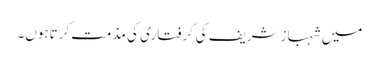
میں شہبازشریف کی گرفتاری کی مذمت کرتاہوں۔